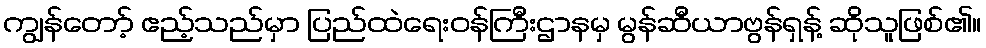
ကျွန်တော့် ဧည့်သည်မှာ ပြည်ထဲရေးဝန်ကြီးဌာနမှ မွန်ဆီယာဗွန်ရှန့် ဆိုသူဖြစ်၏။